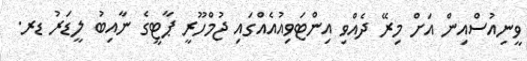
ވީނިއުސްއިން އަށް މިރޭ ދެއްވި އިންޓަވިއުއެއްގައި ޖުމްހޫރީ ޕާޓީގެ ނާއިބު ލީޑަރު ޑރ.